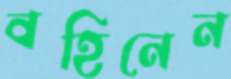
বহিনেন